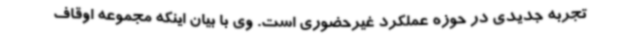
تجربه جدیدی در حوزه عملکرد غیرحضوری است. وی با بیان اینکه مجموعه اوقاف